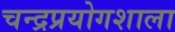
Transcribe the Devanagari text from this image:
चन्द्रप्रयोगशाला